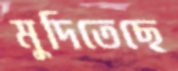
মুদিতেছে